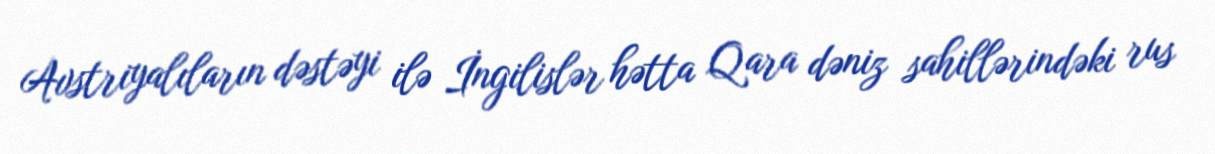
Avstriyalıların dəstəyi ilə İngilislər hətta Qara dəniz sahillərindəki rus